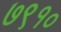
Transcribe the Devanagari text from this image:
७९१०